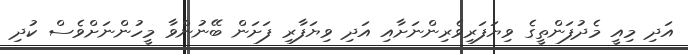
އަދި މިއީ މެދުފަންތީގެ ވިޔަފަރިވެރިންނަށާއި އަދި ވިޔަފާރި ފަށަން ބޭނުންވާ މީހުންނަށްވެސް ކުދި